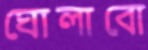
ঘোলাবো